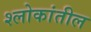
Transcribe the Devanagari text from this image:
श्लोकांतील